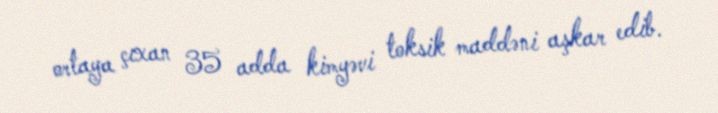
ortaya çıxan 35 adda kimyəvi toksik maddəni aşkar edib.